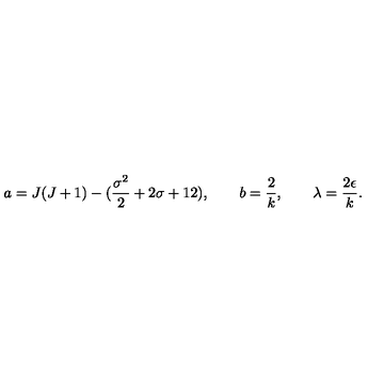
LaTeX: a = J ( J + 1 ) - ( { \frac { \sigma ^ { 2 } } { 2 } } + 2 \sigma + 1 2 ) , \qquad b = { \frac { 2 } { k } } , \qquad \lambda = { \frac { 2 \epsilon } { k } } .